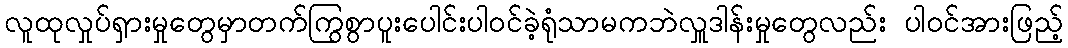
လူထုလှုပ်ရှားမှုတွေမှာတက်ကြွစွာပူးပေါင်းပါဝင်ခဲ့ရုံသာမကဘဲလှူဒါန်းမှုတွေလည်း ပါဝင်အားဖြည့်